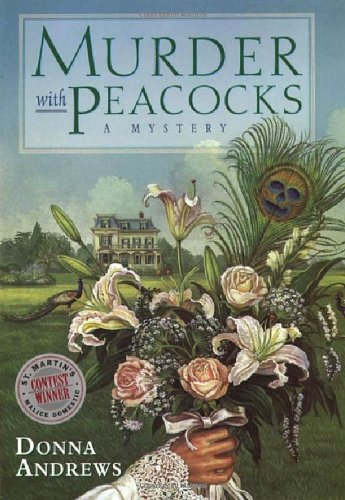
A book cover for Murder with Peacocks (Meg Langslow Mysteries); Donna Andrews; Mystery, Thriller & Suspense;